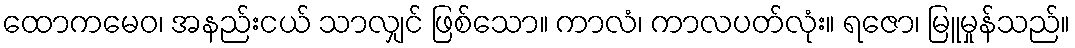
ထောကမေဝ၊ အနည်းငယ် သာလျှင် ဖြစ်သော။ ကာလံ၊ ကာလပတ်လုံး။ ရဇော၊ မြူမှုန်သည်။